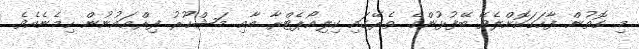
މި ގޮތުން ފާހަގަކޮށްލެވޭ ބޭފުޅުންގެ ތެރޭގައި ކިލިއޯޕެޓްރާ އާއި މަޝްހޫރު ފިރްޢައުނުން ހިމެނެއެވެ.